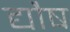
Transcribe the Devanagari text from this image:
द्यौष